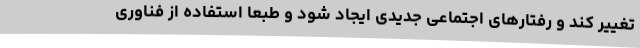
تغییر کند و رفتارهای اجتماعی جدیدی ایجاد شود و طبعا استفاده از فناوری